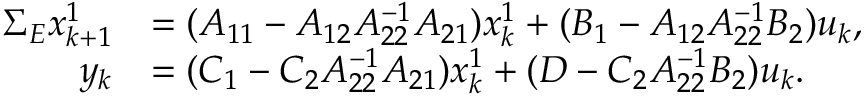
\begin{array} { r l } { \Sigma _ { E } x _ { k + 1 } ^ { 1 } } & { = ( A _ { 1 1 } - A _ { 1 2 } A _ { 2 2 } ^ { - 1 } A _ { 2 1 } ) x _ { k } ^ { 1 } + ( B _ { 1 } - A _ { 1 2 } A _ { 2 2 } ^ { - 1 } B _ { 2 } ) u _ { k } , } \\ { y _ { k } } & { = ( C _ { 1 } - C _ { 2 } A _ { 2 2 } ^ { - 1 } A _ { 2 1 } ) x _ { k } ^ { 1 } + ( D - C _ { 2 } A _ { 2 2 } ^ { - 1 } B _ { 2 } ) u _ { k } . } \end{array}